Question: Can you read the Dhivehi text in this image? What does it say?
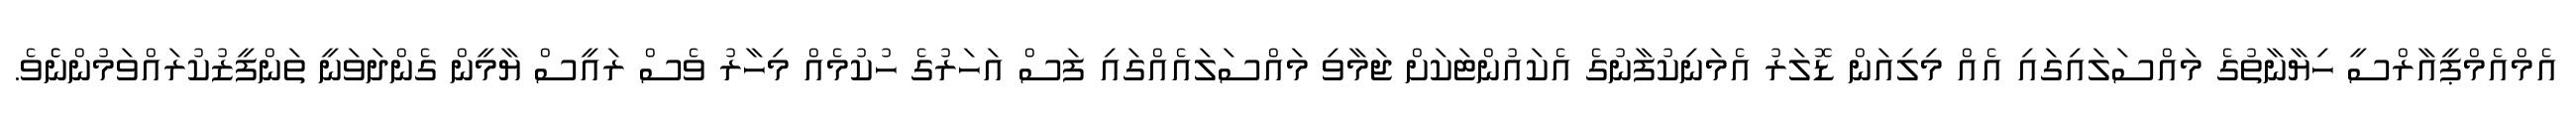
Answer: އެމްއެމްޕީއާރްސީ ހިޔާނާތުގެ މައްސަލައިގައި އެއް މިލިއަން ޑޮލަރު އެމަނިކުފާނުގެ އެކައުންޓަކަށް ޖަމާވި މައްސަލައެއްގައި ފަސް އަހަރުގެ ހުކުމެއް މިހާރު ވެސް ރައީސް ޔާމީން ގެންދަވަނީ ތަންފީޒުކުރައްވަމުންނެެވެ.